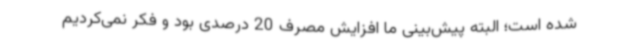
شده است؛ البته پیش‌بینی ما افزایش مصرف 20 درصدی بود و فکر نمی‌کردیم